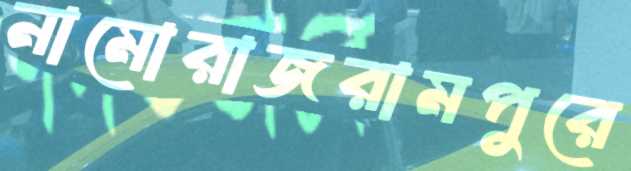
নামোরাজরামপুরে